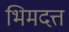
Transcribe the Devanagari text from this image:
भिमदत्त